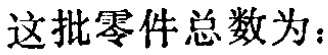
这批零件总数为：